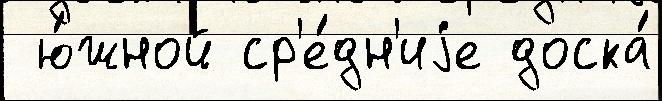
 ю́жной ср'е́дн'иjе доска́